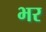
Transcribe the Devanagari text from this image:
भर